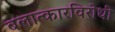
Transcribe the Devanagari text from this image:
बलात्कारविरोधी